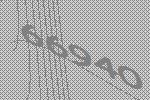
66940